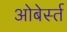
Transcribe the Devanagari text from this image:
ओबेर्स्त